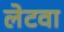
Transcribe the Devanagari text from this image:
लेटवा